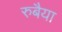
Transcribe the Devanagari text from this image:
रुबैया